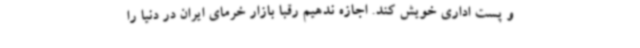
و پست اداری خویش کند. اجازه ندهیم رقبا بازار خرمای ایران در دنیا را